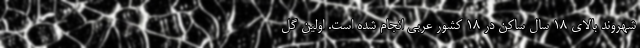
شهروند بالای 18 سال ساکن در 18 کشور عربی انجام شده است. اولین گل